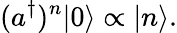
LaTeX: (a^{\dagger})^{n}|0\rangle\propto|n\rangle.